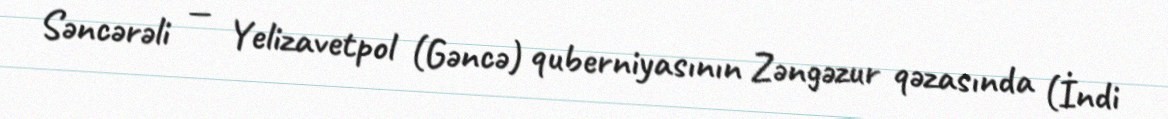
Səncərəli — Yelizavetpol (Gəncə) quberniyasının Zəngəzur qəzasında (İndi